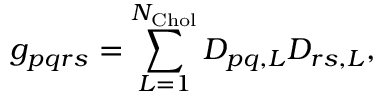
g _ { p q r s } = \sum _ { L = 1 } ^ { N _ { \mathrm { C h o l } } } D _ { p q , L } D _ { r s , L } ,